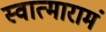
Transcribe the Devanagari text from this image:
स्वात्मारामं